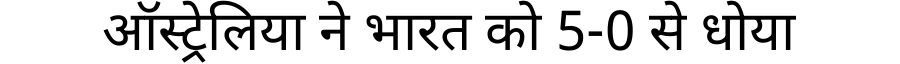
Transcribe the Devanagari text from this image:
ऑस्ट्रेलिया ने भारत को 5-0 से धोया